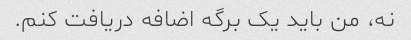
نه، من باید یک برگه اضافه دریافت کنم.